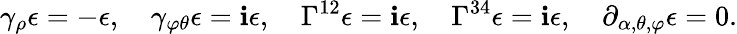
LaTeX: \gamma_{\rho}\epsilon=-\epsilon,\quad\gamma_{\varphi\theta}\epsilon=\mathbf{i}\epsilon,\quad\Gamma^{12}\epsilon=\mathbf{i}\epsilon,\quad\Gamma^{34}\epsilon=\mathbf{i}\epsilon,\quad\partial_{\alpha,\theta,\varphi}\epsilon=0.